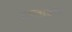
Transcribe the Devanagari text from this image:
आलूसिंह